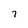
Character: 7